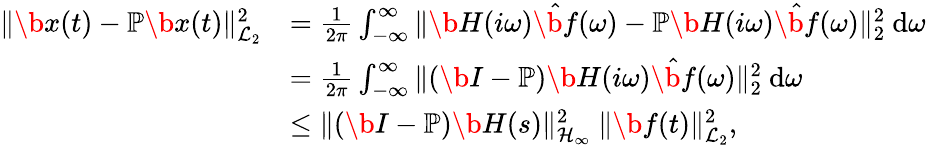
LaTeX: \begin{array}{rl}{\| \b{x}(t)-\mathbb{P}\b{x}(t)\| _{\mathcal{L}_{2}}^{2}}&{=\frac{1}{2\pi}\int_{-\infty}^{\infty}\| \b{H}(i\omega)\hat{\b{f}}(\omega)-\mathbb{P}\b{H}(i\omega)\hat{\b{f}}(\omega)\| _{2}^{2}~\mathrm{d}\omega}\\ &{=\frac{1}{2\pi}\int_{-\infty}^{\infty}\| (\b{I}-\mathbb{P})\b{H}(i\omega)\hat{\b{f}}(\omega)\| _{2}^{2}~\mathrm{d}\omega}\\ &{\le\| (\b{I}-\mathbb{P})\b{H}(s)\| _{\mathcal{H}_{\infty}}^{2}~\| \b{f}(t)\| _{\mathcal{L}_{2}}^{2},}\end{array}